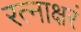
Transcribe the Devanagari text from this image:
रत्‍नाक्षरं